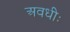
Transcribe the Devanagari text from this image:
अवधीः